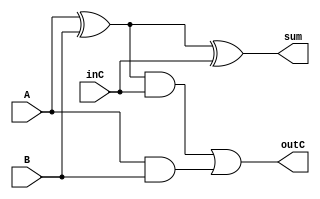
// mathCKT Uses implicit XORs
module fAddr(outC, sum, inC, A, B);
	output outC, sum;
	input  inC, A, B;
	wire   abSum, abCarry, hA2Carry;

	xor x1(abSum, A, B);
	and a1(abCarry, A, B);
	xor x2(sum, abSum, inC);
	and a2(hA2Carry, abSum, inC);

	or  o1(outC, hA2Carry, abCarry);
endmodule

module mathCKT(outC, sum, ovFL, inC, A, B);
	output outC, ovFL;			// ovFL is overflow flag
	output [7:0] sum;
	input  inC;
	input  [7:0] A, B;
	
	wire   [6:0] cp;			// Carry Propogation Wire
	wire   [7:0] xCon;			// XOR to B connector
	
	xor x0(xCon[0], B[0], inC);
	xor x1(xCon[1], B[1], inC);
	xor x2(xCon[2], B[2], inC);
	xor x3(xCon[3], B[3], inC);
	xor x4(xCon[4], B[4], inC);
	xor x5(xCon[5], B[5], inC);
	xor x6(xCon[6], B[6], inC);
	xor x7(xCon[7], B[7], inC);

	fAddr f0(cp[0], sum[0], inC  , A[0], xCon[0]);
	fAddr f1(cp[1], sum[1], cp[0], A[1], xCon[1]);
	fAddr f2(cp[2], sum[2], cp[1], A[2], xCon[2]);
	fAddr f3(cp[3], sum[3], cp[2], A[3], xCon[3]);
	fAddr f4(cp[4], sum[4], cp[3], A[4], xCon[4]);
	fAddr f5(cp[5], sum[5], cp[4], A[5], xCon[5]);
	fAddr f6(cp[6], sum[6], cp[5], A[6], xCon[6]);
	fAddr f7(outC , sum[7], cp[6], A[7], xCon[7]);

	xor ovF(ovFL, cp[6], outC);		// Overflow Check
endmodule

// R for Result
module xorCKT(R, A, B);
	input [7:0] A, B;
	output[7:0] R;

	xor x0(R[0], A[0], B[0]);
	xor x1(R[1], A[1], B[1]);
	xor x2(R[2], A[2], B[2]);
	xor x3(R[3], A[3], B[3]);
	xor x4(R[4], A[4], B[4]);
	xor x5(R[5], A[5], B[5]);
	xor x6(R[6], A[6], B[6]);
	xor x7(R[7], A[7], B[7]);
endmodule	

module orCKT(R, A, B);
	input [7:0] A, B;
	output[7:0] R;

	or x0(R[0], A[0], B[0]);
	or x1(R[1], A[1], B[1]);
	or x2(R[2], A[2], B[2]);
	or x3(R[3], A[3], B[3]);
	or x4(R[4], A[4], B[4]);
	or x5(R[5], A[5], B[5]);
	or x6(R[6], A[6], B[6]);
	or x7(R[7], A[7], B[7]);
endmodule

module andCKT(R, A, B);
	input [7:0] A, B;
	output[7:0] R;

	and x0(R[0], A[0], B[0]);
	and x1(R[1], A[1], B[1]);
	and x2(R[2], A[2], B[2]);
	and x3(R[3], A[3], B[3]);
	and x4(R[4], A[4], B[4]);
	and x5(R[5], A[5], B[5]);
	and x6(R[6], A[6], B[6]);
	and x7(R[7], A[7], B[7]);
endmodule